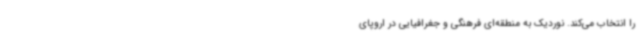
را انتخاب می‌کند. نوردیک به منطقه‌ای فرهنگی و جغرافیایی در اروپای